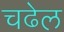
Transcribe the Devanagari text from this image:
चढेल